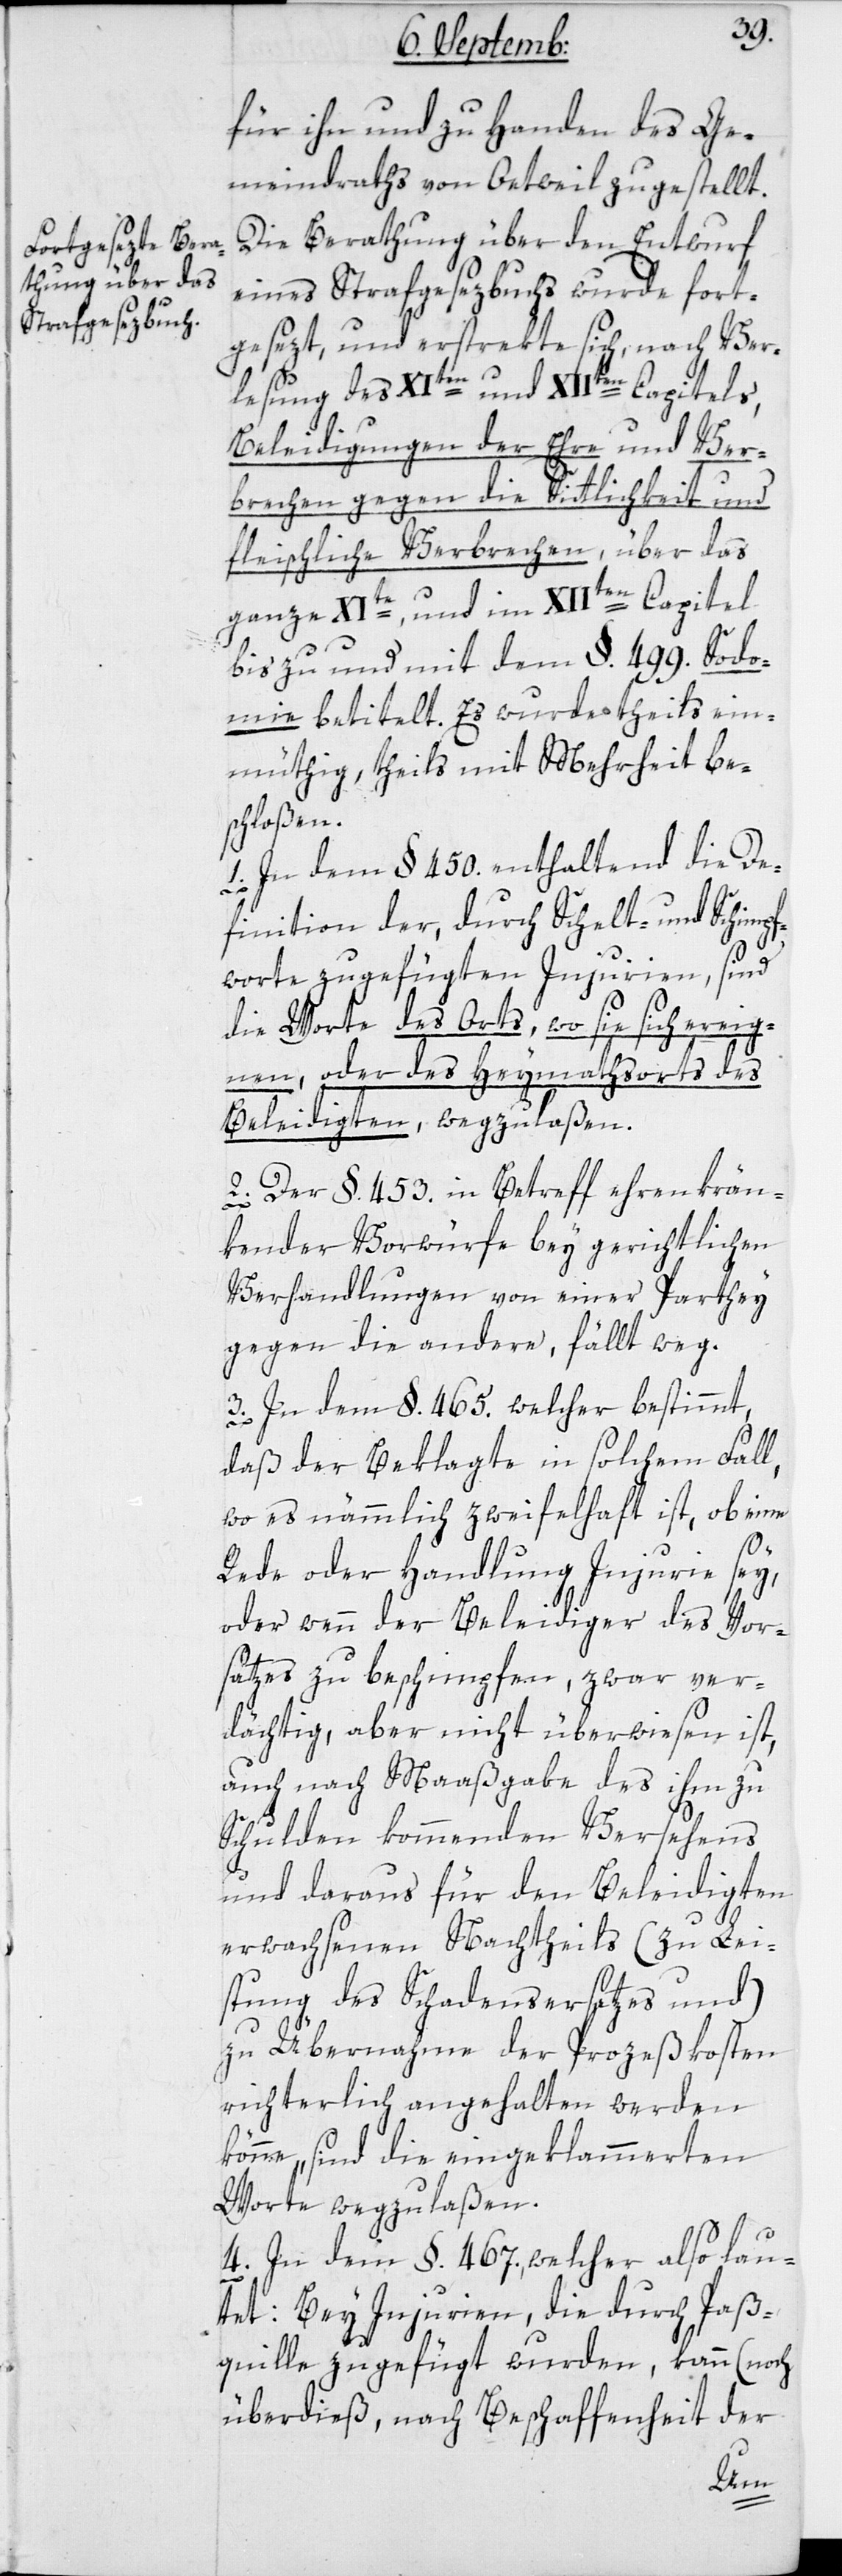
für ihn und zu Handen des Ge¬
meindraths von Oetweil zugestellt.
Die Berathung über den Entwurf
eines Strafgesetzbuchs wurde fort¬
gesezt und erstrekte sich, nach Ver¬
lesung des XIten und XIIten Capitels,
Beleidigungen der Ehre und Ver¬
1.
brechen gegen die Sittlichkeit und
fleischliche Verbrechen, über das
ganze XIte, und im XIIten Capitel
bis zu und mit dem §. 499. Sodo¬
mie betitelt. Es wurde theils ein¬
mütig, theils mit Mehrheit be¬
schloßen:
In dem §. 450, enthaltend die De¬
pf¬
worte zugefügten Injurien, sind
die Worte des Orts, wo sie sich ereig¬
nen, oder des Heymathorts des
Beleidigten, wegzulaßen.
2. Der §. 453. in Betreff ehrenkrän¬
kender Vorwürfe bey gerichtlichen
Verhandlungen von einer Parthey
gegen die andere, fällt weg.
3. In dem §. 465. welcher bestimmt,
daß der Beklagte in solchem Fall,
wo es nämmlich zweifelhaft ist, ob eine
Rede oder Handlung Injurie sey,
oder wenn der Beleidiger des Vor¬
satzes zu beschimpfen, zwar ver¬
dächtig, aber nicht überwiesen ist,
auch nach Maaßgabe des ihm zu
Schulden kommenden Versehens
und daraus für den Beleidigten
erwachsenen Nachtheils (zu Lei¬
stung des Schadenersatzes und)
zu Übernahme der Prozeßkosten
richterlich angehalten werden
könne, sind die eingeklammerten
Worte wegzulaßen.
4. In dem §. 467., welcher also lau¬
tet: Bey Injurien, die durch Paß¬
quille zugefügt wurden, kann (noch
überdieß, nach Beschaffenheit der
Schim¬